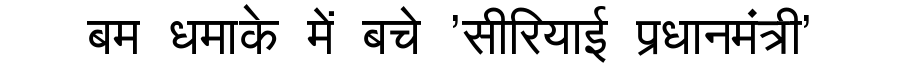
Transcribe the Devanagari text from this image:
बम धमाके में बचे 'सीरियाई प्रधानमंत्री'